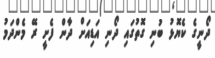
ދޯނީގެ ކެޔޮޅު ބުނި ގޮތުގައި ދޯނި އަޑިއަށް ދާން ފެށީ ރޭ މެންދަމު